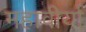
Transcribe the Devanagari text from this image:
महावीर्या